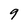
Character: 9